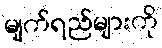
မျက်ရည်များကို